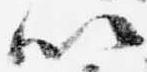
以